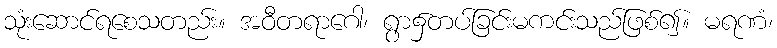
သုံးဆောင်ရစေသတည်း။ အဝီတရာဂေါ၊ ရွာ၌တပ်ခြင်းမကင်းသည်ဖြစ်၍။ မရဏံ၊